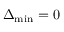
\Delta _ { \mathrm { m i n } } = 0